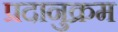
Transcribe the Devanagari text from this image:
प्रदानुक्रम